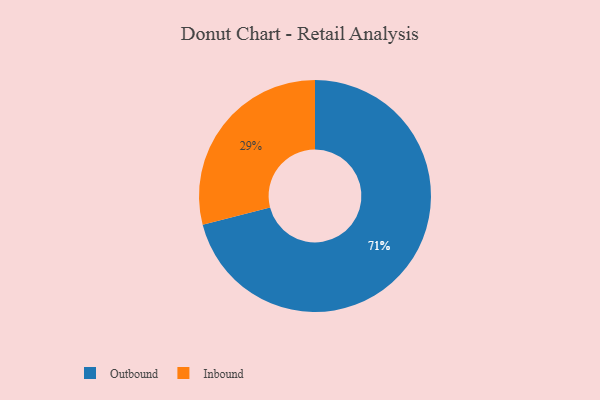
{"axis": {"x": "Category", "y": "Percentage"}, "legend": ["Inbound", "Outbound"], "data": [{"x": "Inbound", "y": 29, "type": "Inbound"}, {"x": "Outbound", "y": 71, "type": "Outbound"}]}